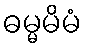
ဓမ္မမိမံ